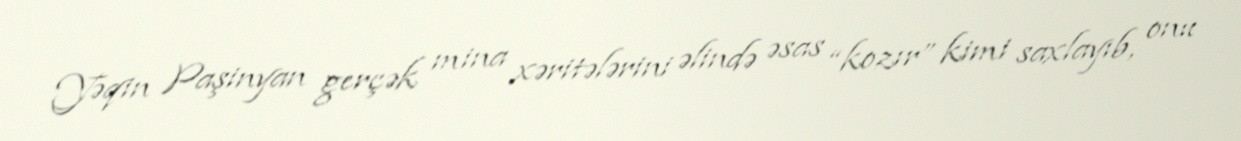
Yəqin Paşinyan gerçək mina xəritələrini əlində əsas “kozır” kimi saxlayıb, onu